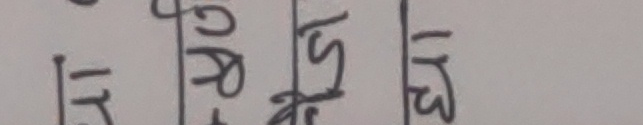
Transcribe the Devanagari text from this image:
१७ । ५१ । १३